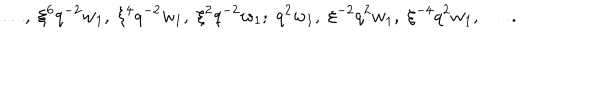
LaTeX: \ldots , \; \xi ^ { 6 } q ^ { - 2 } w _ { 1 } , \; \xi ^ { 4 } q ^ { - 2 } w _ { 1 } , \; \xi ^ { 2 } q ^ { - 2 } w _ { 1 } ; \; q ^ { 2 } w _ { 1 } , \; \xi ^ { - 2 } q ^ { 2 } w _ { 1 } , \; \xi ^ { - 4 } q ^ { 2 } w _ { 1 } , \; \ldots .